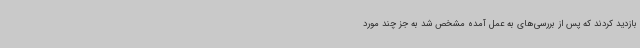
بازدید کردند که پس از بررسی‌های به عمل‌ آمده مشخص شد به جز چند مورد